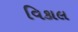
વિકાલ